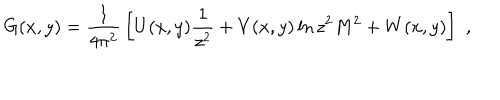
G ( x , y ) = { \frac { 1 } { 4 \pi ^ { 2 } } } \left[ U ( x , y ) { \frac { 1 } { z ^ { 2 } } } + V ( x , y ) \ln z ^ { 2 } M ^ { 2 } + W ( x , y ) \right] \, \, ,